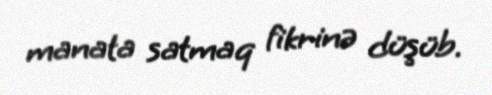
manata satmaq fikrinə düşüb.